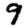
Digit: 9